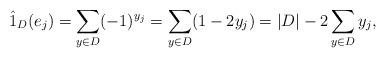
LaTeX: \begin{align*}\hat{1}_D(e_j)=\sum_{y\in D}(-1)^{y_j}=\sum_{y\in D}(1-2y_j)=|D|-2\sum_{y\in D}y_j, \end{align*}